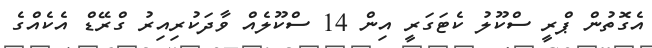
އެގޮތުން ޕްރީ ސްކޫލު ކެޓަގަރީ އިން 14 ސްކޫލެއް ވާދަކުރިއިރު ގްރޭޑް އެކެއްގެ